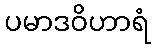
ပမာဒဝိဟာရံ